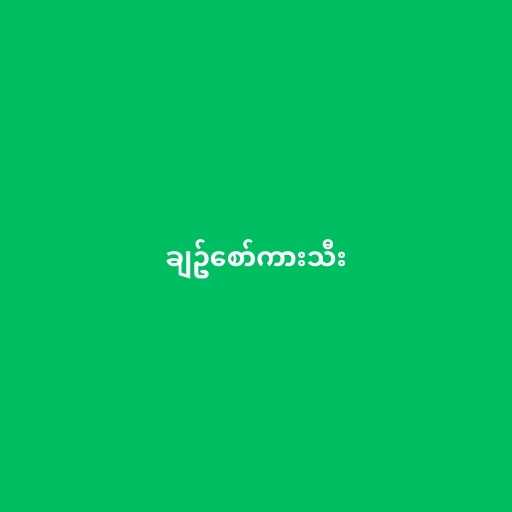
ချဥ်စော်ကားသီး